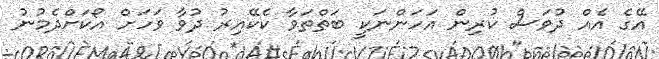
އޭގެ އެއް ދުވަސް ކުރިން އަހަންނަކީ ބަތްތަވާ ކެކޭއިރު ދުވާ ވަހަށް އޯކަށްދެމުނު